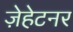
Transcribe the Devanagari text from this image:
ज़ेहेटनर